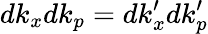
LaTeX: dk_{x}dk_{p}=dk_{x}^{\prime}dk_{p}^{\prime}